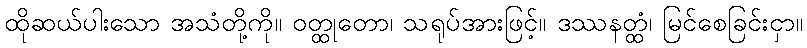
ထိုဆယ်ပါးသော အသံတို့ကို။ ဝတ္ထုတော၊ သရုပ်အားဖြင့်။ ဒဿနတ္ထံ၊ မြင်စေခြင်းငှာ။